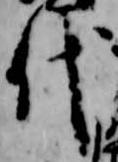
代